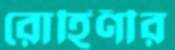
রোহিণীর